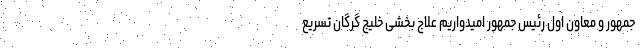
جمهور و معاون اول رئیس جمهور امیدواریم علاج بخشی خلیج گرگان تسریع